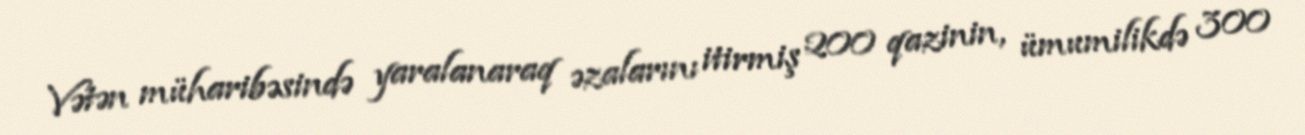
Vətən müharibəsində yaralanaraq əzalarını itirmiş 200 qazinin, ümumilikdə 300